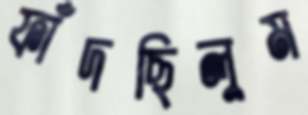
ফাঁদছিলুম